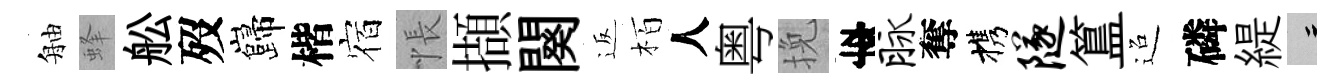
舳蜂舩歿巋楷宿悵擷闋返栢人粤挽李脉奪携隧簋迢磷緹律